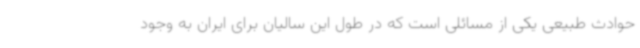
حوادث طبیعی یکی از مسائلی است که در طول این سالیان برای ایران به وجود